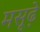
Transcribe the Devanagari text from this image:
मसूढ़े